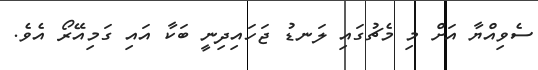
ސެވިއްޔާ އަށް މި މެޗުގައި ލަނޑު ޖަހައިދިނީ ބަކާ އައި ގަމިއޭރޯ އެވެ.